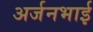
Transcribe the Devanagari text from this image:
अर्जनभाई